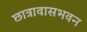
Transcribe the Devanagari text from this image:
छात्रावासभवन